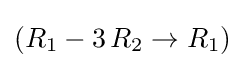
(R_{1}-3\,R_{2}\to R_{1})